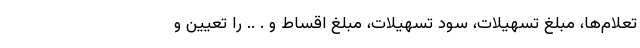
تعلام‌ها، مبلغ تسهیلات، سود تسهیلات، مبلغ اقساط و . .. را تعیین و